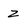
Character: z